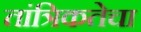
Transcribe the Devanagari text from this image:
तांत्रिकतेचा